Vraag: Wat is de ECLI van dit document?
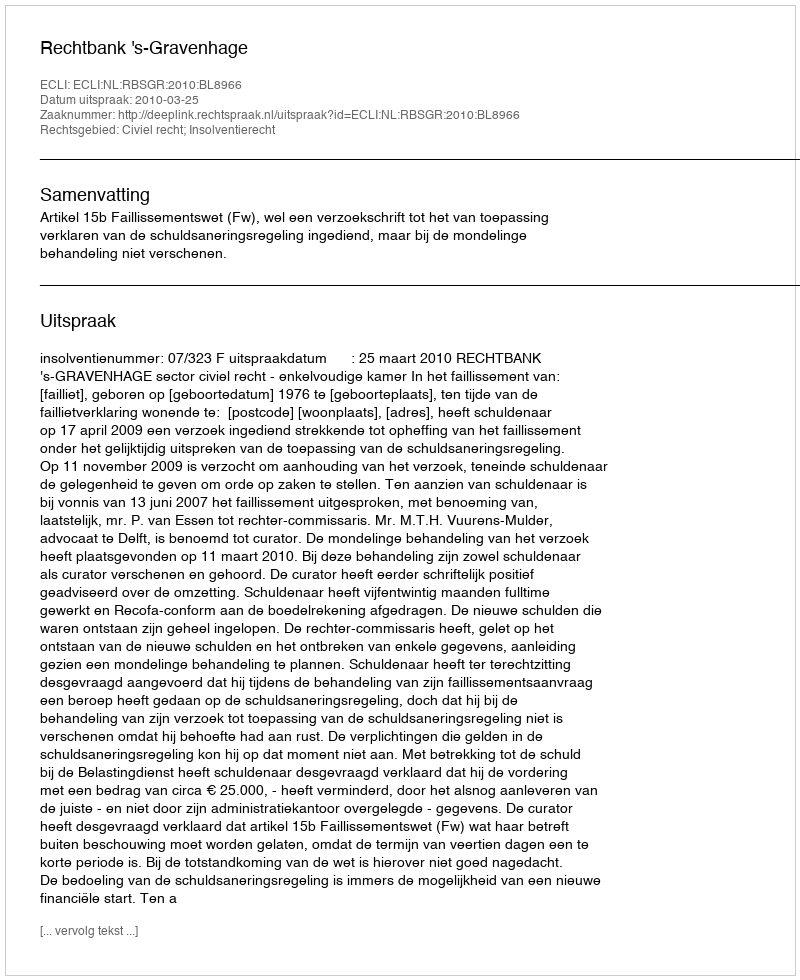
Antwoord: ECLI:NL:RBSGR:2010:BL8966